Annual report of the Punjab Veterinary College and of the Civil Veterinary Department, Punjab - 1894-1908
Year: 1894
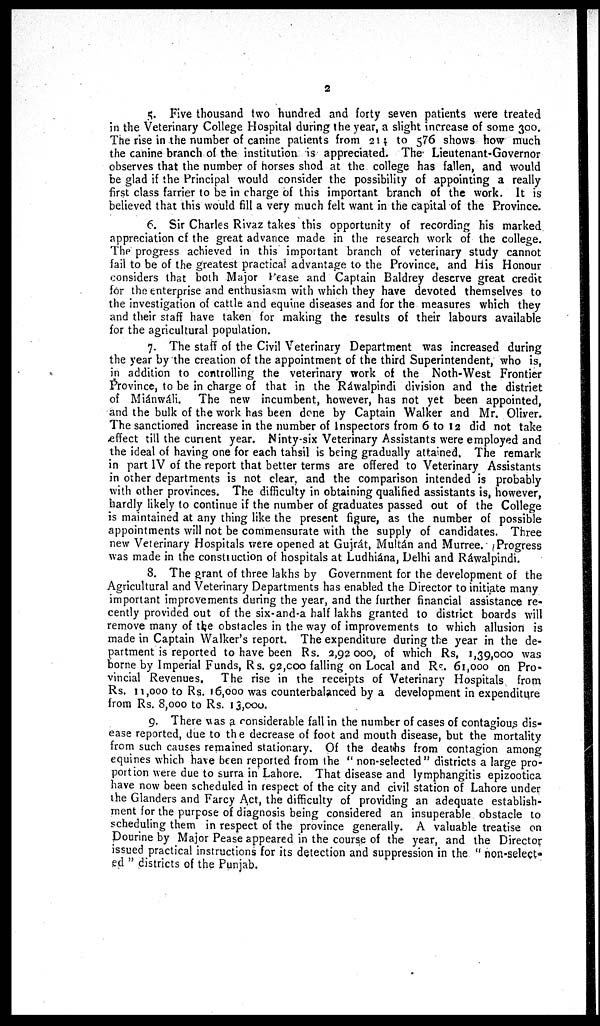
2
5. Five thousand two hundred and forty seven patients were treated
in the Veterinary College Hospital during the year, a slight increase of some 300.
The rise in the number of canine patients from 21 † to 576 shows how much
the canine branch of the institution is appreciated. The Lieutenant-Governor
observes that the number of horses shod at the college has fallen, and would
be glad if the Principal would consider the possibility of appointing a really
first class farrier to be in charge of this important branch of the work. It is
believed that this would fill a very much felt want in the capital of the Province.
6. Sir Charles Rivaz takes this opportunity of recording his marked
appreciation of the great advance made in the research work of the college.
The progress achieved in this important branch of veterinary study cannot
fail to be of the greatest practical advantage to the Province, and His Honour
considers that both Major Pease and Captain Baldrey deserve great credit
for the enterprise and enthusiasm with which they have devoted themselves to
the investigation of cattle and equine diseases and for the measures which they
and their staff have taken for making the results of their labours available
for the agricultural population.
7. The staff of the Civil Veterinary Department was increased during
the year by the creation of the appointment of the third Superintendent, who is,
in addition to controlling the veterinary work of the Noth-West Frontier
Province, to be in charge of that in the Rawalpindi division and the district
of Miánwáli. The new incumbent, however, has not yet been appointed,
and the bulk of the work has been done by Captain Walker and Mr. Oliver.
The sanctioned increase in the number of Inspectors from 6 to 12 did not take
effect till the current year. Ninty-six Veterinary Assistants were employed and
the ideal of having one for each tahsil is being gradually attained. The remark
in part IV of the report that better terms are offered to Veterinary Assistants
in other departments is not clear, and the comparison intended is probably
with other provinces. The difficulty in obtaining qualified assistants is, however,
hardly likely to continue if the number of graduates passed out of the College
is maintained at any thing like the present figure, as the number of possible
appointments will not be commensurate with the supply of candidates. Three
new Veterinary Hospitals were opened at Gujrát, Multán and Murree. Progress
was made in the construction of hospitals at Ludhiána, Delhi and Ráwalpindi.
8. The grant of three lakhs by Government for the development of the
Agricultural and Veterinary Departments has enabled the Director to initiate many
important improvements during the year, and the further financial assistance re-
cently provided out of the six-and-a half lakhs granted to district boards will
remove many of the obstacles in the way of improvements to which allusion is
made in Captain Walker's report. The expenditure during the year in the de-
partment is reported to have been Rs. 2,92000, of which Rs, 1,39,000 was
borne by Imperial Funds, Rs. 92,000 falling on Local and Rs. 61,000 on Pro-
vincial Revenues. The rise in the receipts of Veterinary Hospitals from
Rs. 11,000 to Rs. 16,000 was counterbalanced by a development in expenditure
from Rs. 8,000 to Rs. 13,000.
9. There was a considerable fall in the number of cases of contagious dis-
ease reported, due to the decrease of foot and mouth disease, but the mortality
from such causes remained stationary. Of the deaths from contagion among
equines which have been reported from the " non-selected" districts a large pro-
portion were due to surra in Lahore. That disease and lymphangitis epizootica
have now been scheduled in respect of the city and civil station of Lahore under
the Glanders and Farcy Act, the difficulty of providing an adequate establish-
ment for the purpose of diagnosis being considered an insuperable obstacle to
scheduling them in respect of the province generally. A valuable treatise on
Dourine by Major Pease appeared in the course of the year, and the Director
issued practical instructions for its detection and suppression in the " non-select-
ed " districts of the Punjab.